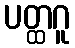
ပတ္ထဂူ